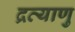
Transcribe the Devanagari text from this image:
द्रव्याणु